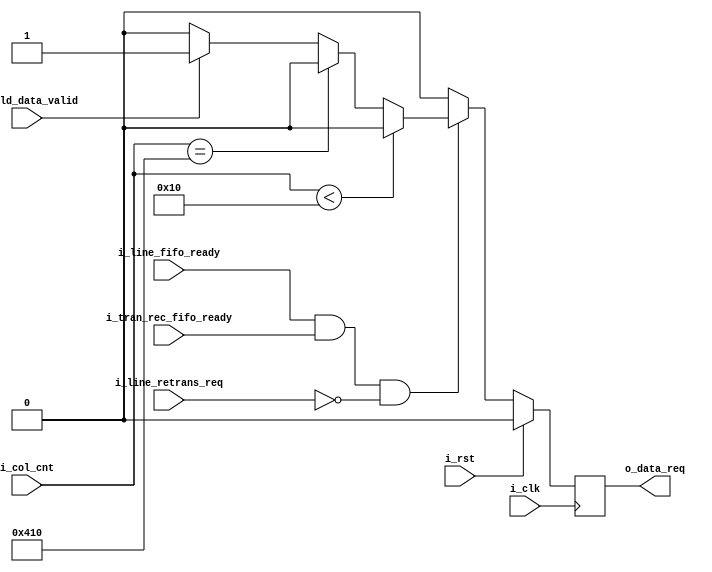
// frame_controller.v
// CMPE 670 Project Fall 2023
// Author(s):
//  John Evans
module data_request (
    // clock and control
    input        i_clk,
    input        i_rst,
    //input [1:0]  i_row_cnt, // unused as of 11/27/23
    input [10:0] i_col_cnt,
    // FIFO valids/readys
    input        i_pyld_data_valid,
    input        i_line_fifo_ready,
    input        i_tran_rec_fifo_ready,
    input        i_line_retrans_req,
    // outputs
    output       o_data_req
);
    // combinational internal signal, registered internal signal
    reg    c_data_req, r_data_req;
    
    assign o_data_req = r_data_req;
    
    always @(*) begin
        // latch prevention (only needed if there are unresolved cases)
        c_data_req = 1'b0;
        if (i_rst) begin
            // reset to zero
            c_data_req = 1'b0;
        end else begin
            // we can ONLY map data if the line FIFO & tran_rec FIFO are ready (they always should be XD), and no retrans req!!!
            if (i_line_fifo_ready && i_tran_rec_fifo_ready && !i_line_retrans_req) begin
                // FIRST CASE: Overhead
                if (i_col_cnt < 16) begin
                    // we don't want new data on this cycle.
                    c_data_req = 1'b0;
                // SECOND CASE: End of row zero padding
                end else if (i_col_cnt == 1040) begin
                    // we don't want new data on this cycle.
                    c_data_req = 1'b0;
                // THIRD CASE: Everything else (payload)
                end else begin
                    if (i_pyld_data_valid) begin // FIFO has valid data, assert ready! (request)
                        c_data_req = 1'b1;
                    end else begin // FIFO doesn't have valid data, so we can't assert ready. (request)
                        c_data_req = 1'b0;
                    end
                end
            end
        end
    end
    
    always @(posedge i_clk) begin
        r_data_req <= c_data_req;
    end

endmodule